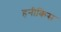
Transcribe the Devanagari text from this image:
हनीकिस